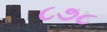
૮૭૮